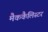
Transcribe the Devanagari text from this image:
मैककैलिस्टर